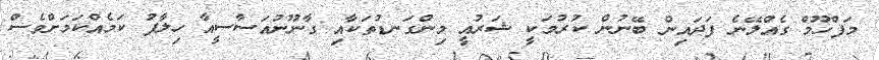
މަފްހޫމް ގެއްލޭނެ ފަދައިން ބޭނުން ކުރުމަކީ ޝަރުއީ މިންގަނޑުތަކާއި ގާނޫނުއަސާސީއާ ހިލާފު ކަމެއްކަމަށްވެސް